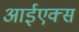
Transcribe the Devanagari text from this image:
आईएक्स